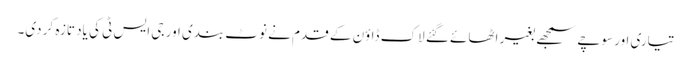
تیاری اور سوچے سمجھے بغیر اٹھائے گئے لاک ڈاؤن کے قدم نے نوٹ بندی اور جی ایس ٹی کی یاد تازہ کر دی۔